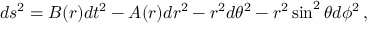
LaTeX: d s ^ { 2 } = B ( r ) d t ^ { 2 } - A ( r ) d r ^ { 2 } - r ^ { 2 } d \theta ^ { 2 } - r ^ { 2 } \sin ^ { 2 } \theta d \phi ^ { 2 } \, ,